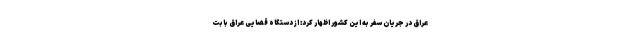
عراق در جریان سفر به این کشور اظهار کرد: از دستگاه قضایی عراق بابت